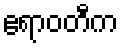
ဧရာဝတီက